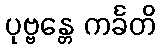
ပုဗ္ဗန္တေ ကင်္ခတိ